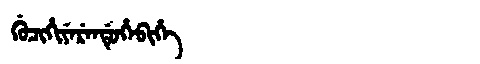
Manchu: ᡤᡠᠴᡳᡥᡳᠶᡝᡵᡝᠨᡩᡠᡥᡝᠪᡳᡥᡝ
Romanization: GUCIHIYERENDUHEBIHE